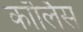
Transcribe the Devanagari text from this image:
कॉर्लिस